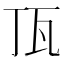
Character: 㼗